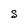
Character: S